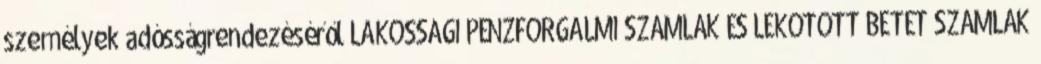
személyek adósságrendezéséről LAKOSSÁGI PÉNZFORGALMI SZÁMLÁK ÉS LEKÖTÖTT BETÉT SZÁMLÁK